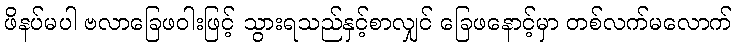
ဖိနပ်မပါ ဗလာခြေဖဝါးဖြင့် သွားရသည်နှင့်စာလျှင် ခြေဖနောင့်မှာ တစ်လက်မလောက်